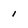
Character: 1